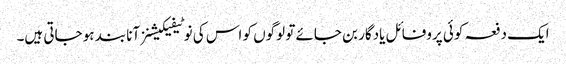
ایک دفعہ کوئی پروفائل یادگار بن جائے تو لوگوں کو اس کی نوٹیفیکیشنز آنا بند ہو جاتی ہیں۔